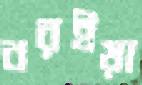
বরইয়া